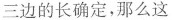
三边的长确定，那么这